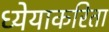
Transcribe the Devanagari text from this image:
ध्येयाकरिता